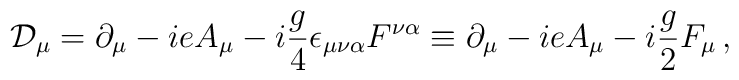
{\cal D}_{\mu} = \partial _{\mu} - {ieA_\mu}- i{g\over 4} \epsilon_{\mu\nu\alpha}F^{\nu\alpha} \equiv \partial _{\mu} - {ieA_\mu}- i{g\over 2} F_{\mu}\, ,